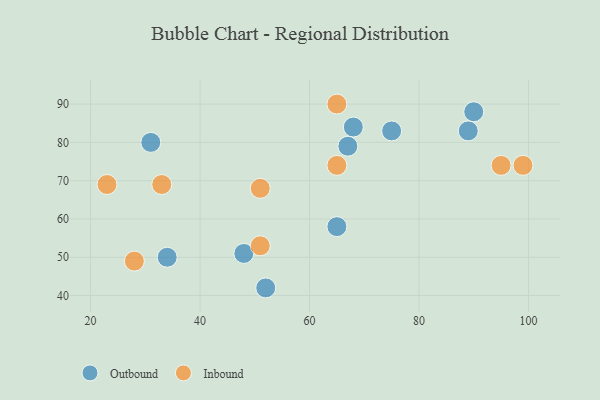
{"axis": {"x": "GDP", "y": "Life Expectancy"}, "legend": ["Inbound", "Outbound"], "data": [{"x": "65", "y": 58, "type": "Outbound"}, {"x": "75", "y": 83, "type": "Outbound"}, {"x": "34", "y": 50, "type": "Outbound"}, {"x": "48", "y": 51, "type": "Outbound"}, {"x": "90", "y": 88, "type": "Outbound"}, {"x": "89", "y": 83, "type": "Outbound"}, {"x": "68", "y": 84, "type": "Outbound"}, {"x": "67", "y": 79, "type": "Outbound"}, {"x": "52", "y": 42, "type": "Outbound"}, {"x": "31", "y": 80, "type": "Outbound"}, {"x": "33", "y": 69, "type": "Inbound"}, {"x": "28", "y": 49, "type": "Inbound"}, {"x": "51", "y": 53, "type": "Inbound"}, {"x": "65", "y": 90, "type": "Inbound"}, {"x": "99", "y": 74, "type": "Inbound"}, {"x": "51", "y": 68, "type": "Inbound"}, {"x": "95", "y": 74, "type": "Inbound"}, {"x": "23", "y": 69, "type": "Inbound"}, {"x": "65", "y": 74, "type": "Inbound"}]}